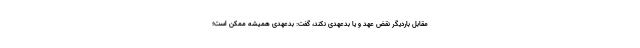
مقابل باردیگر نقض عهد و یا بدعهدی نکند، گفت: بدعهدی همیشه ممکن است؛